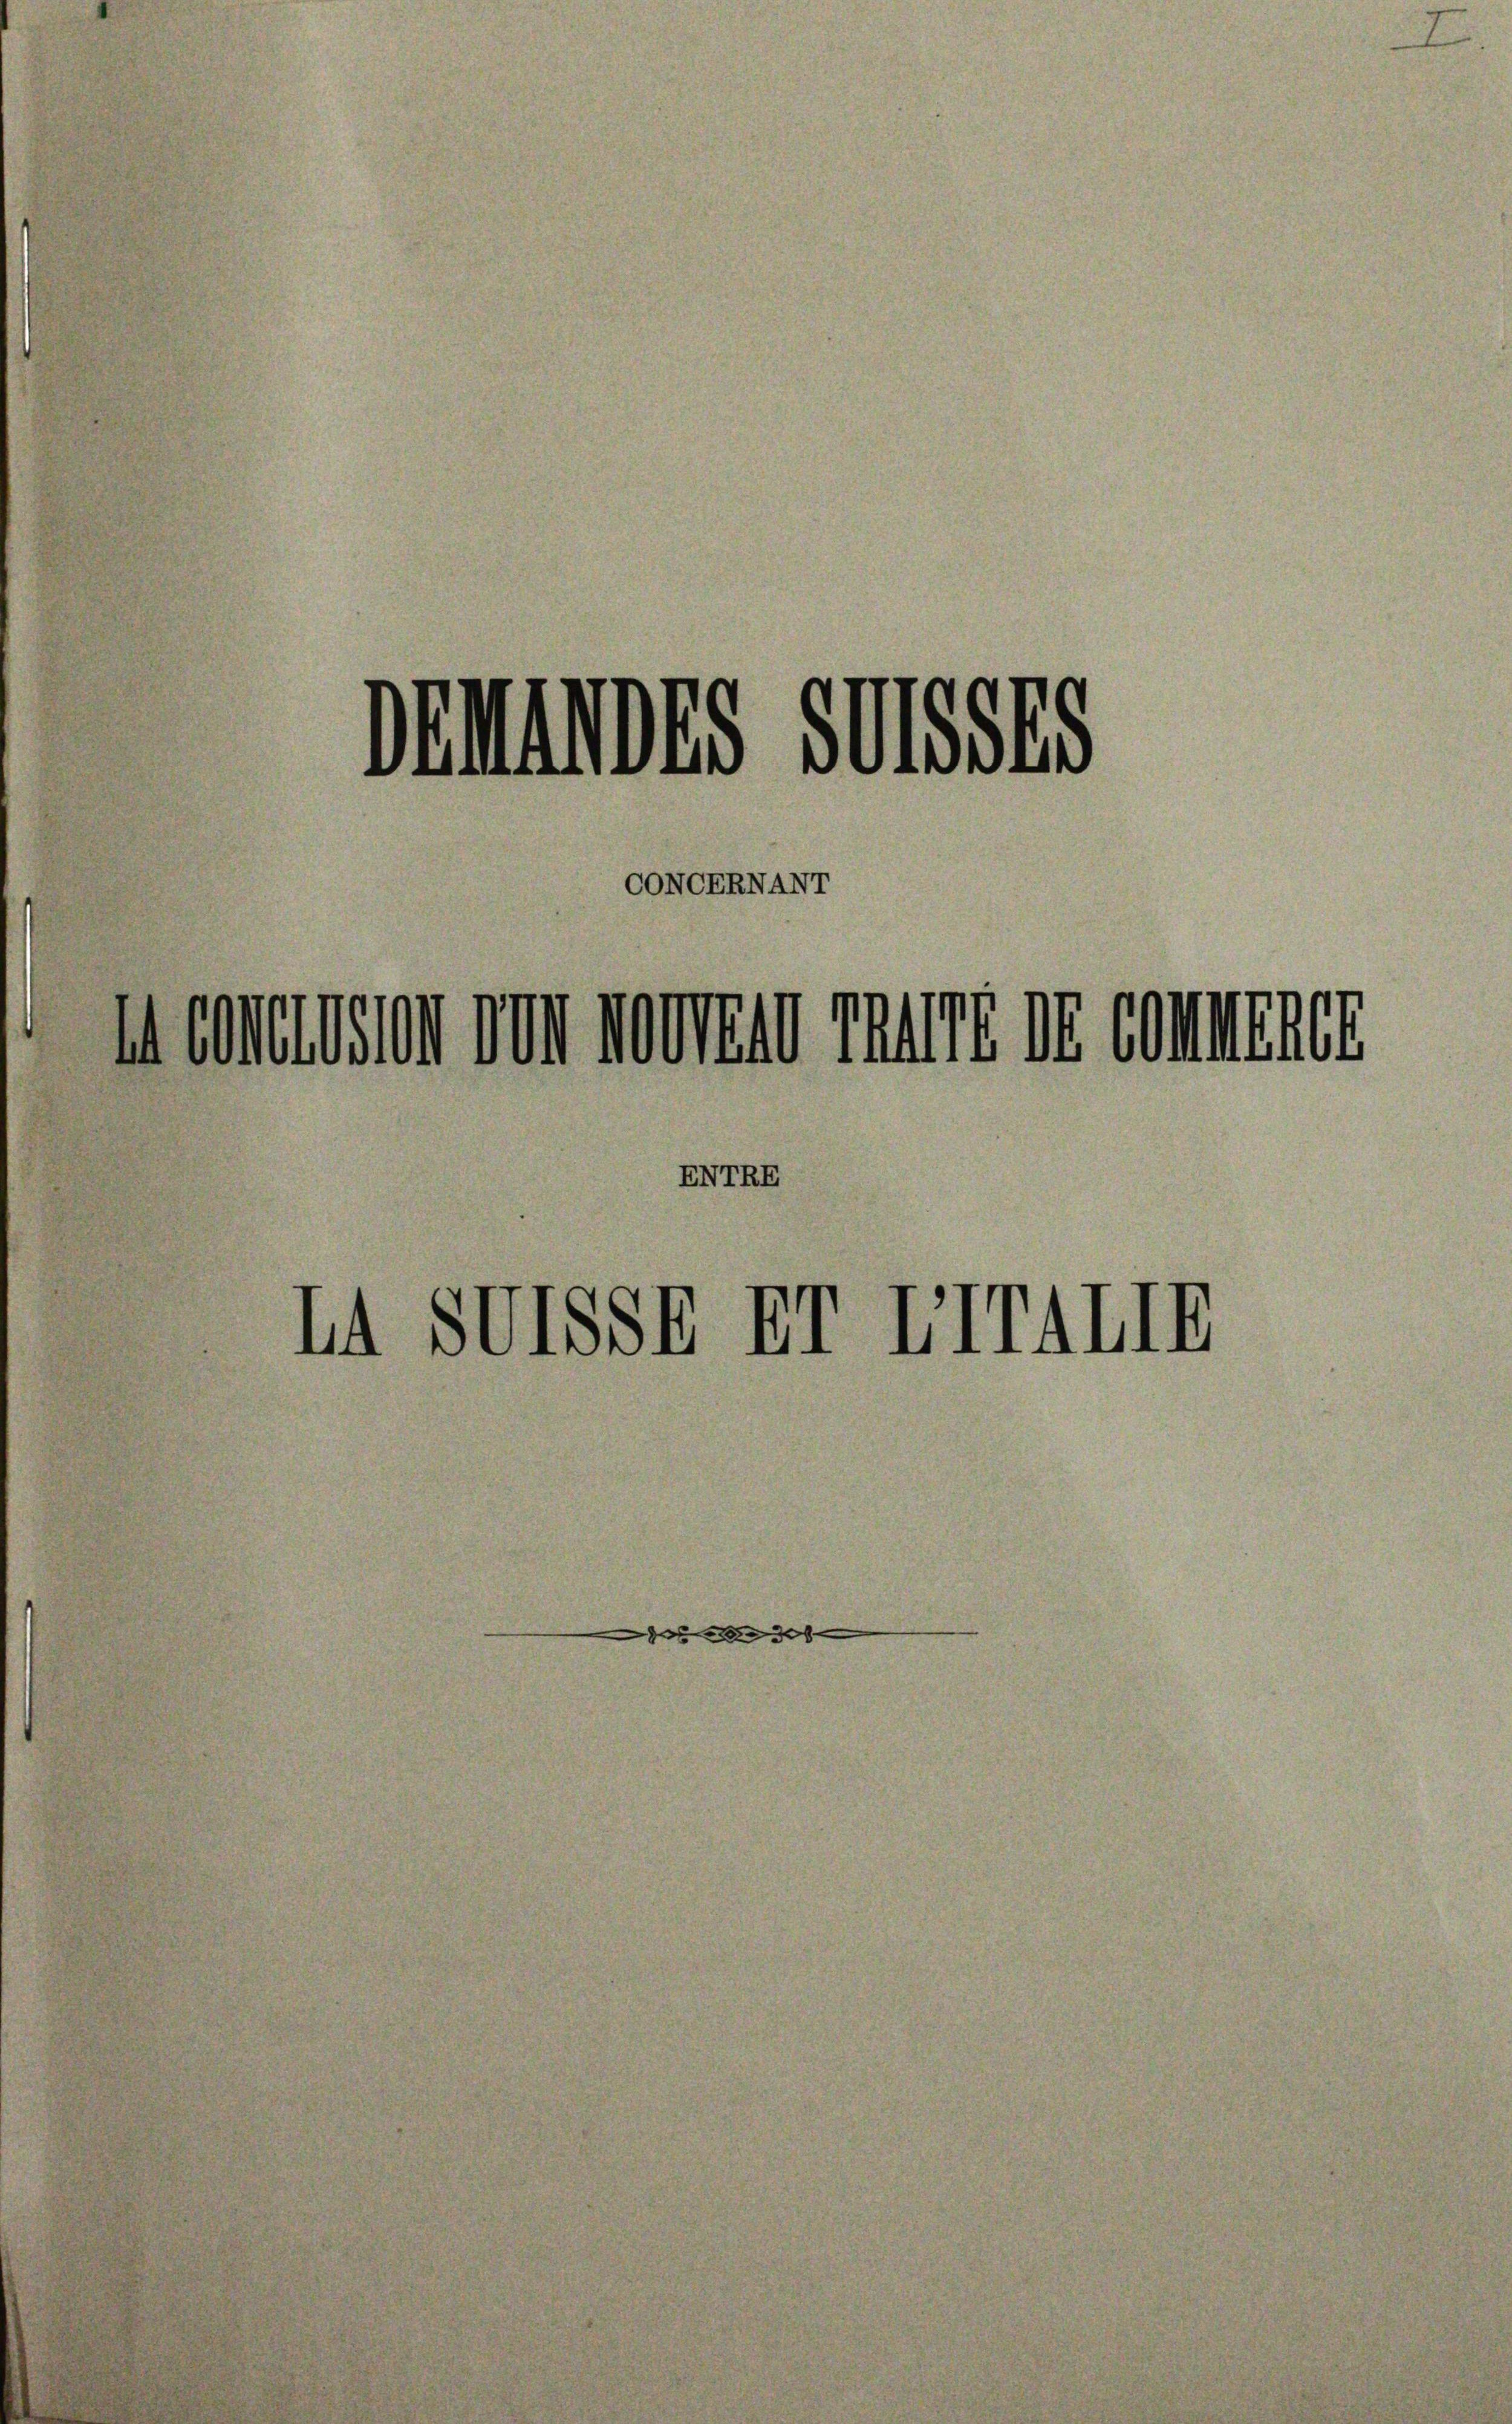
demunes Suisses
CONGERNANT

incenteien von vonein rund de commener
NI.
IA SUTSSR Br LTTAIIE